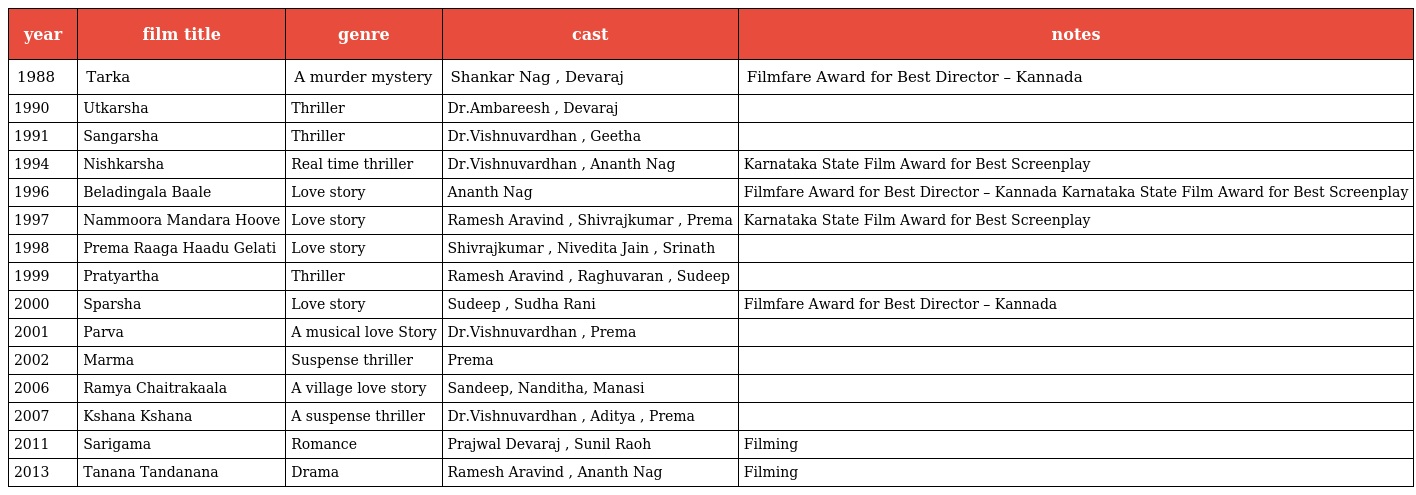
| year | film title | genre | cast | notes |
 | --- | --- | --- | --- | --- |
 | 1988 | Tarka | A murder mystery | Shankar Nag , Devaraj | Filmfare Award for Best Director – Kannada |
 | 1990 | Utkarsha | Thriller | Dr.Ambareesh , Devaraj |  |
 | 1991 | Sangarsha | Thriller | Dr.Vishnuvardhan , Geetha |  |
 | 1994 | Nishkarsha | Real time thriller | Dr.Vishnuvardhan , Ananth Nag | Karnataka State Film Award for Best Screenplay |
 | 1996 | Beladingala Baale | Love story | Ananth Nag | Filmfare Award for Best Director – Kannada Karnataka State Film Award for Best Screenplay |
 | 1997 | Nammoora Mandara Hoove | Love story | Ramesh Aravind , Shivrajkumar , Prema | Karnataka State Film Award for Best Screenplay |
 | 1998 | Prema Raaga Haadu Gelati | Love story | Shivrajkumar , Nivedita Jain , Srinath |  |
 | 1999 | Pratyartha | Thriller | Ramesh Aravind , Raghuvaran , Sudeep |  |
 | 2000 | Sparsha | Love story | Sudeep , Sudha Rani | Filmfare Award for Best Director – Kannada |
 | 2001 | Parva | A musical love Story | Dr.Vishnuvardhan , Prema |  |
 | 2002 | Marma | Suspense thriller | Prema |  |
 | 2006 | Ramya Chaitrakaala | A village love story | Sandeep, Nanditha, Manasi |  |
 | 2007 | Kshana Kshana | A suspense thriller | Dr.Vishnuvardhan , Aditya , Prema |  |
 | 2011 | Sarigama | Romance | Prajwal Devaraj , Sunil Raoh | Filming |
 | 2013 | Tanana Tandanana | Drama | Ramesh Aravind , Ananth Nag | Filming |